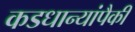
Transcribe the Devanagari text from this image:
कडधान्यांपैकी